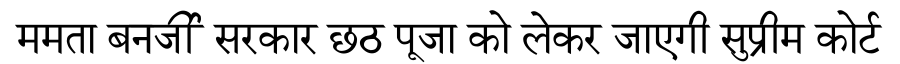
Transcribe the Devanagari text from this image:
ममता बनर्जी सरकार छठ पूजा को लेकर जाएगी सुप्रीम कोर्ट